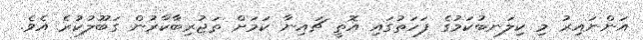
އަންނައިރު މި ކިލަނބުކަމުގެ ފަހަތުގައި އޮތީ ޗައިނާ ކަމަށް ތަޖުރިބާކާރުން ގަބޫލުކުރެ އެވެ.